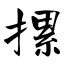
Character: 摞